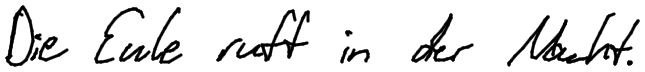
Die Eule ruft in der Nacht.